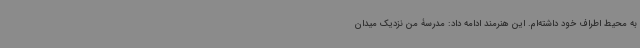
به محیط اطراف خود داشته‌ام. این هنرمند ادامه داد: مدرسۀ من نزدیک میدان